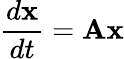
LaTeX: \frac{d{\mathbf{x}}}{dt}={\mathbf A}{\mathbf{x}}